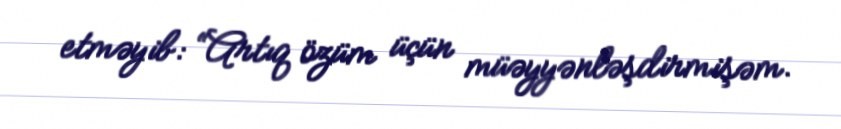
etməyib: “Artıq özüm üçün müəyyənləşdirmişəm.